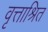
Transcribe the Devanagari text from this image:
वृत्ताश्रित